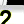
Digit: 2